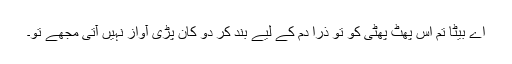
اے بیٹا تم اس پھٹ پھٹی کو تو ذرا دم کے لیے بند کر دو کان پڑی آواز نہیں آتی مجھے تو۔